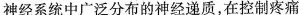
神经系统中广泛分布的神经递质，在控制疼痛